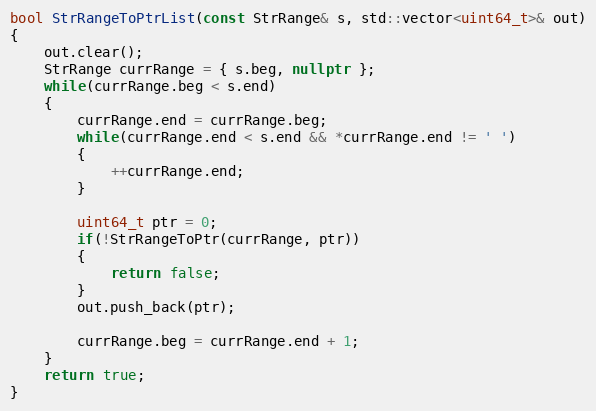
Language: C++
bool StrRangeToPtrList(const StrRange& s, std::vector<uint64_t>& out)
{
    out.clear();
    StrRange currRange = { s.beg, nullptr };
    while(currRange.beg < s.end)
    {
        currRange.end = currRange.beg;
        while(currRange.end < s.end && *currRange.end != ' ')
        {
            ++currRange.end;
        }

        uint64_t ptr = 0;
        if(!StrRangeToPtr(currRange, ptr))
        {
            return false;
        }
        out.push_back(ptr);

        currRange.beg = currRange.end + 1;
    }
    return true;
}